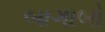
બાગાબો